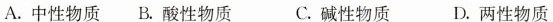
A. 中性物质 B. 酸性物质 C. 碱性物质 D. 两性物质